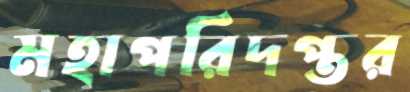
মহাপরিদপ্তর